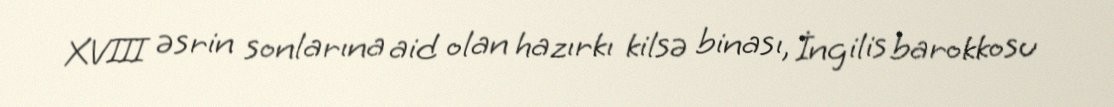
XVIII əsrin sonlarına aid olan hazırkı kilsə binası, İngilis barokkosu